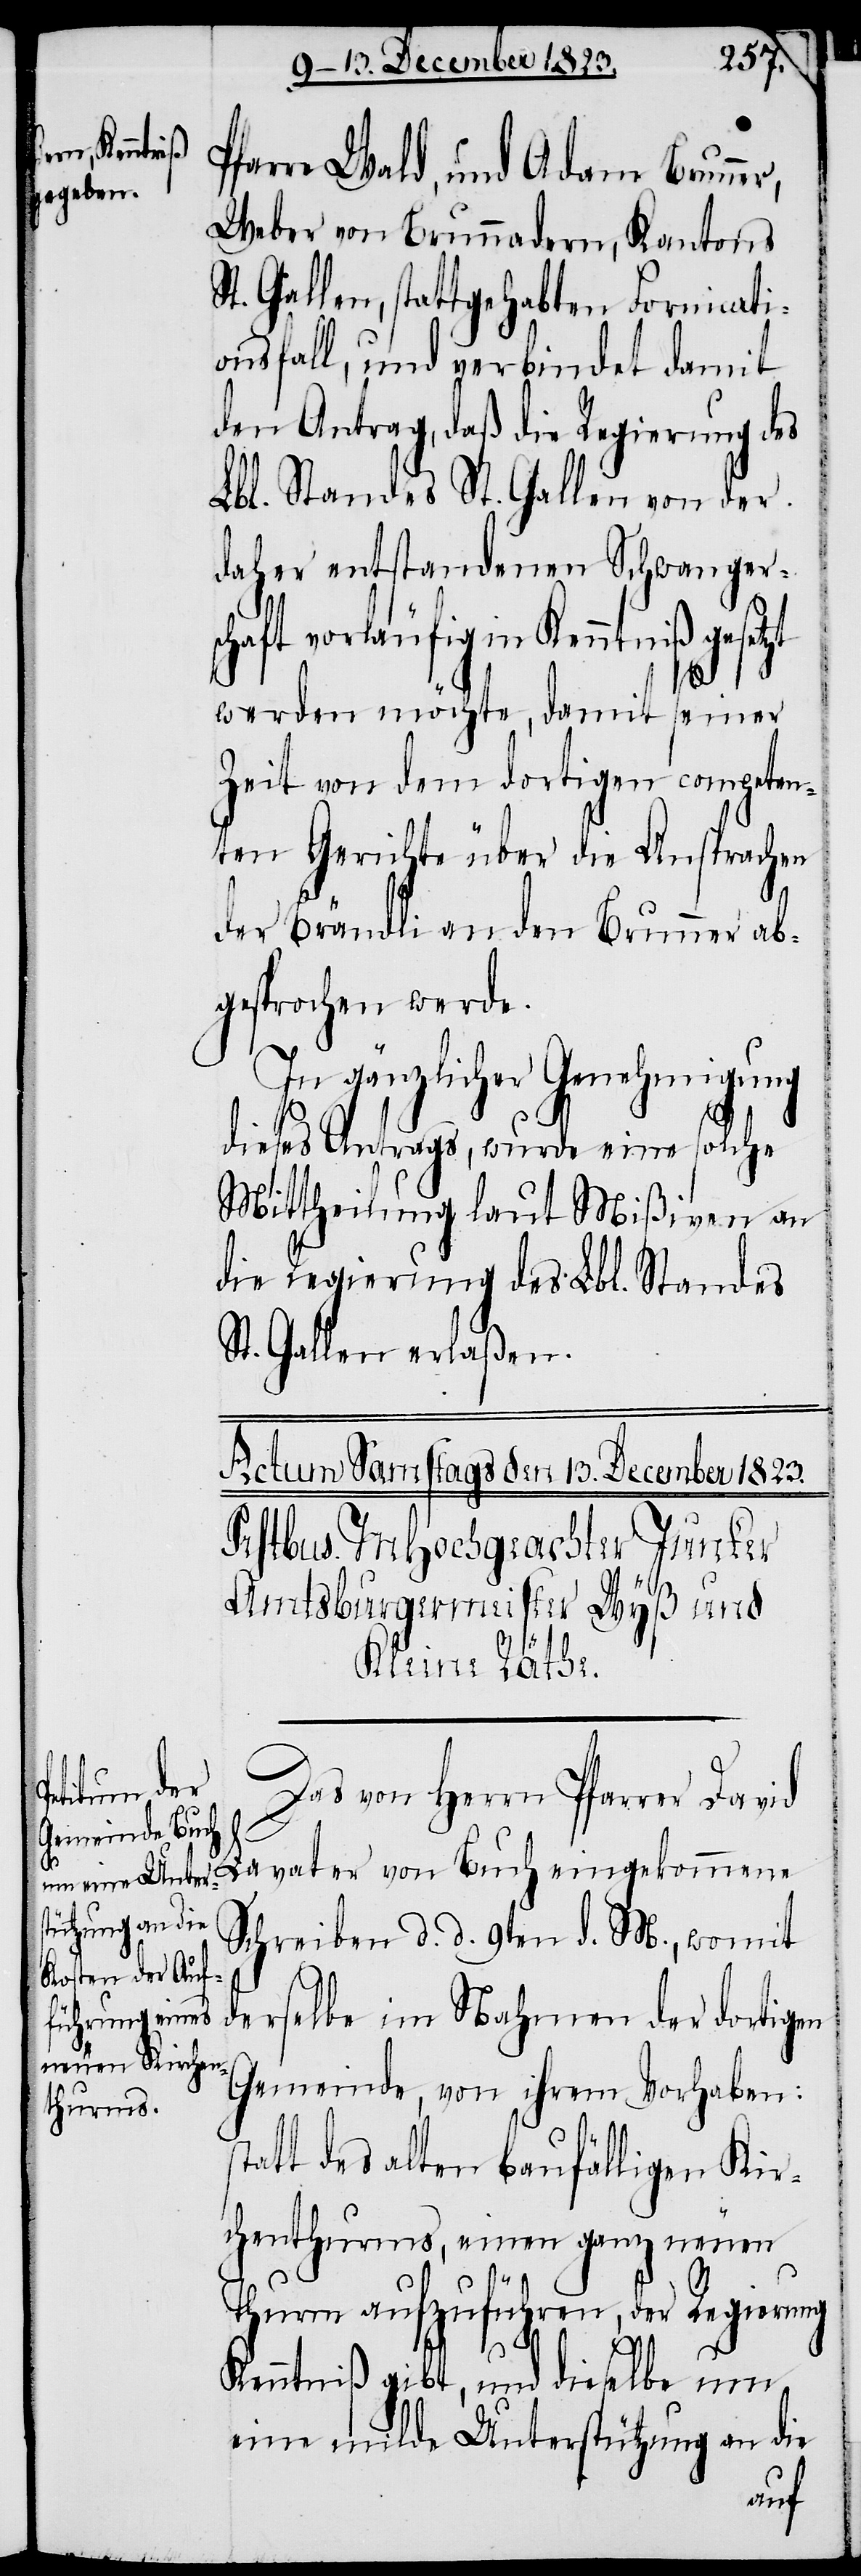
Pfarre Wald, und Adam Brunner,
Weber von Brunnadern, Kantons
t. Gallen, stattgehabten Fornicati¬
onsfall, und verbindet damit
den Antrag, daß die Regierung des
Lbl. Standes St. Gallen von der
daher entstandenen Schwangersc¬
haft vorläufig in Kenntniß
werden möchte, damit seiner
Zeit von dem dortigen competen¬
ten Gerichte über die Ansprachen
der Brändli an den Brunner ab¬
gesprochen werde.
In gänzlicher Genehmigung
dieses Antrages, wurde eine solche
Mittheilung laut Mißiven an
die Regierung des Lbl. Standes
t. Gallen erlaßen.
st¬
Das von Herrn Pfarrer David
Lavater von Buch eingekommene
Schreiben d. d. 9ten d. M., womit
derselbe im Nahmen der dortigen
Gemeinde, von ihrem Vorhaben:
att des alten baufälligen Kir¬
chenthurms, einen ganz neuen
Thurm aufzuführen, der Regierung
Kenntniß gibt, und dieselbe um
eine milde Unterstützung an die